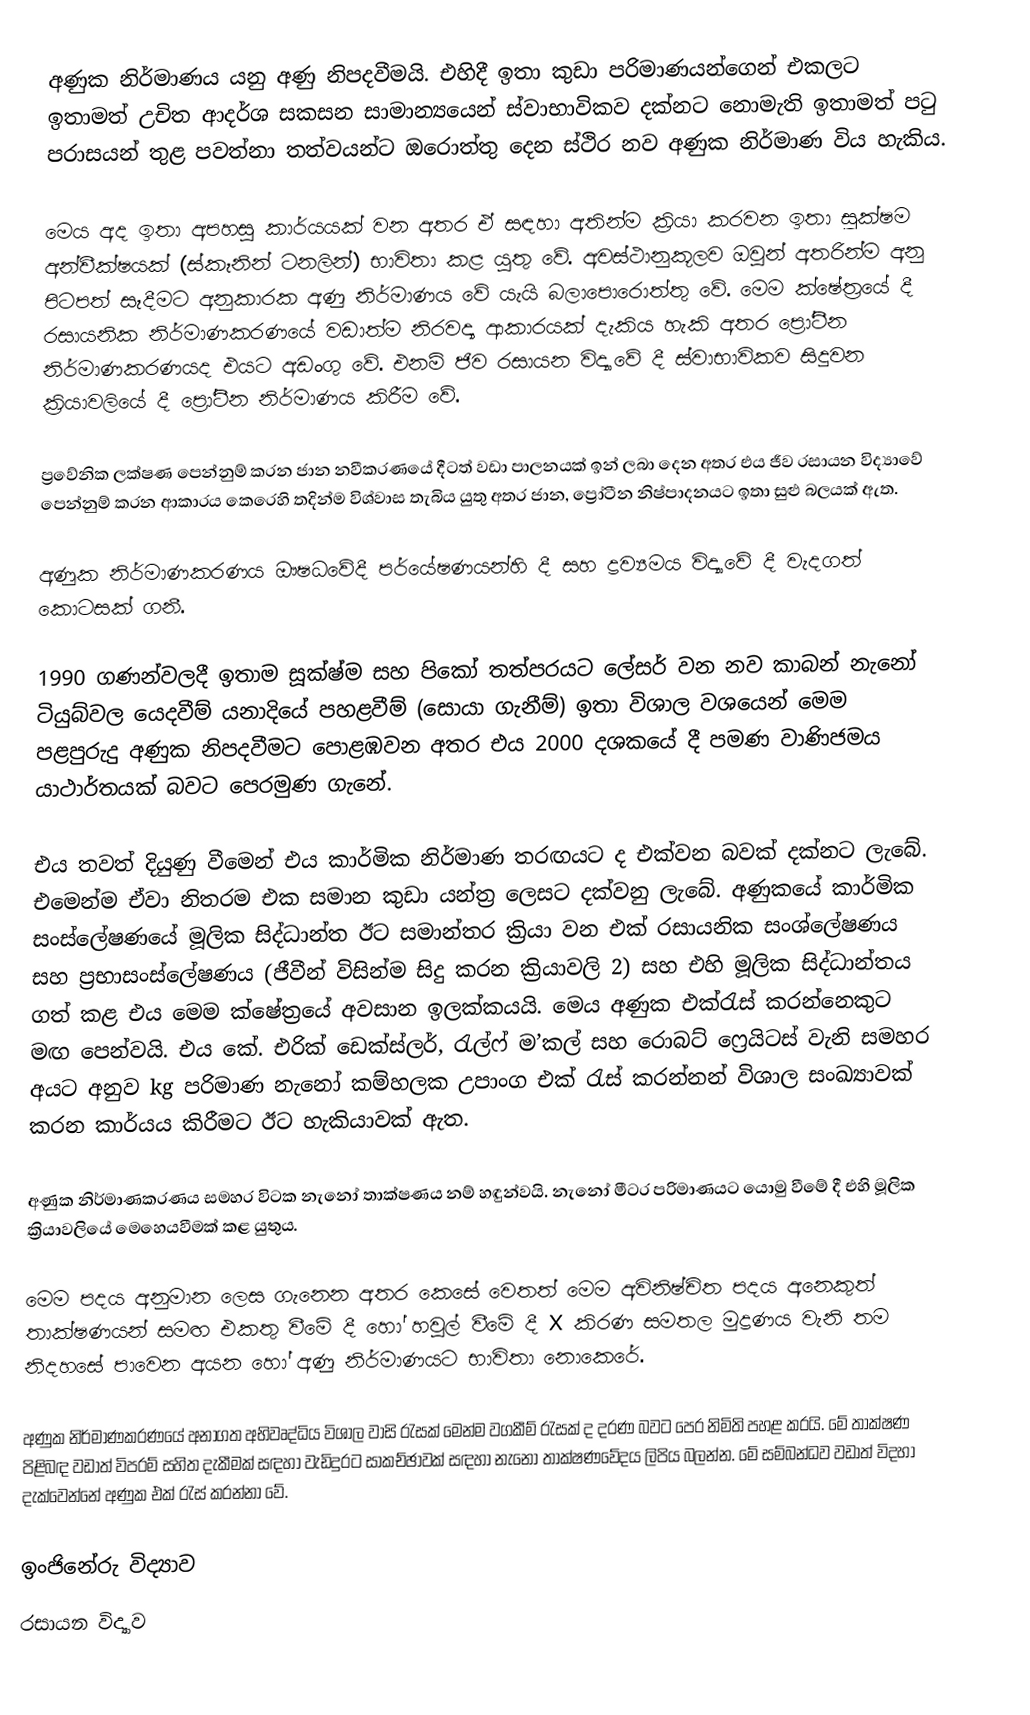
අණුක නිර්මාණය යනු අණු නිපදවීමයි. එහිදී ඉතා කුඩා පරිමාණයන්ගෙන් එකලට ඉතාමත් උචිත ආදර්ශ සකසන සාමාන්‍යයෙන් ස්වාභාවිකව දක්නට නොමැති ඉතාමත් පටු පරාසයන් තුළ පවත්නා තත්වයන්ට ඔරොත්තු දෙන ස්ථිර නව අණුක නිර්මාණ විය හැකිය.

මෙය අද ඉතා අපහසු කාර්යයක් වන අතර ඒ සඳහා අතින්ම ක්‍රියා කරවන ඉතා සූක්ෂම අන්වීක්ෂයක් (ස්කෑනින් ටනලින්) භාවිතා කළ යුතු වේ. අවස්ථානුකූලව ඔවුන් අතරින්ම අනු පිටපත් සෑදීමට අනුකාරක අණු නිර්මාණය වේ යැයි බලාපොරොත්තු වේ. මෙම ක්ෂේත්‍රයේ දී රසායනික නිර්මාණකරණයේ වඩාත්ම නිරවද්‍ය ආකාරයක් දැකිය හැකි අතර ප්‍රෝටීන නිර්මාණකරණයද එයට අඩංගු වේ. එනම් ජිව රසායන විද්‍යාවේ දී ස්වාභාවිකව සිදුවන ක්‍රියාවලියේ දී ප්‍රෝටීන නිර්මාණය කිරීම වේ.

ප්‍රවේනික ලක්ෂණ පෙන්නුම් කරන ජාන නවීකරණයේ දීටත් වඩා පාලනයක් ඉන් ලබා දෙන අතර එය ජීව රසායන විද්‍යාවේ පෙන්නුම් කරන ආකාරය කෙරෙහි තදින්ම විශ්වාස තැබිය යුතු අතර ජාන, ප්‍රෝටීන නිෂ්පාදනයට ඉතා සුළු බලයක් ඇත.

අණුක නිර්මාණකරණය ඖෂධවේදී පර්යේෂණයන්හි දී සහ ද්‍රව්‍යමය විද්‍යාවේ දී  වැදගත් කොටසක් ගනී.

1990 ගණන්වලදී ඉතාම සූක්ෂ්ම සහ පිකෝ තත්පරයට ලේසර් වන නව කාබන් නැනෝ ටියුබ්වල යෙදවීම් යනාදියේ පහළවීම් (සොයා ගැනීම්) ඉතා විශාල වශයෙන් මෙම පළපුරුදු අණුක නිපදවීමට පොළඹවන අතර එය 2000 දශකයේ දී පමණ වාණිජමය යාථාර්තයක් බවට පෙරමුණ ගැනේ.

එය තවත් දියුණු වීමෙන් එය කාර්මික නිර්මාණ තරඟයට ද එක්වන බවක් දක්නට ලැබේ. එමෙන්ම ඒවා නිතරම එක සමාන කුඩා යන්ත්‍ර ලෙසට දක්වනු ලැබේ. අණුකයේ කාර්මික සංස්ලේෂණයේ මූලික සිද්ධාන්ත ඊට සමාන්තර ක්‍රියා වන එක් රසායනික සංශ්ලේෂණය සහ ප්‍රභාසංස්ලේෂණය (ජීවීන් විසින්ම සිදු කරන ක්‍රියාවලි 2) සහ එහි මූලික සිද්ධාන්තය ගත් කළ එය මෙම ක්ෂේත්‍රයේ අවසාන ඉලක්කයයි. මෙය අණුක එක්රැස් කරන්නෙකුට මඟ පෙන්වයි. එය කේ. එරික් ඩෙක්ස්ලර්, රැල්ෆ් ම’කල් සහ රොබට් ෆ්‍රෙයිටස් වැනි සමහර අයට අනුව kg පරිමාණ නැනෝ කම්හලක උපාංග එක් රැස් කරන්නන් විශාල සංඛ්‍යාවක් කරන කාර්යය කිරීමට ඊට  හැකියාවක් ඇත.

අණුක නිර්මාණකරණය සමහර විටක නැනෝ තාක්ෂණය නම් හඳුන්වයි. නැනෝ මීටර පරිමාණයට යොමු වීමේ දී එහි මූලික ක්‍රියාවලියේ මෙහෙයවීමක් කළ යුතුය.

මෙම පදය අනුමාන ලෙස ගැනෙන අතර කෙසේ වෙතත් මෙම අවිනිෂ්චිත පදය අනෙකුත් තාක්ෂණයන් සමඟ එකතු වීමේ දී හෝ හවුල් වීමේ දී X කිරණ සමතල මුද්‍රණය වැනි තම නිදහසේ පාවෙන අයන හෝ අණු නිර්මාණයට භාවිතා නොකෙරේ.

අණුක නිර්මාණකරණයේ අනාගත අභිවෘද්ධිය විශාල වාසි රැසක් මෙන්ම වගකීම් රැසක් ද දරණ බවට පෙර නිමිති පහළ කරයි. මේ තාක්ෂණ පිළිබඳ වඩාත් විපරම් සහිත දැකීමක් සඳහා වැඩිදුරට සාකච්ඡාවක් සඳහා නැනෝ තාක්ෂණවේදය ලිපිය බලන්න. මේ සම්බන්ධව වඩාත් විදහා දැක්වෙන්නේ අණුක එක් රැස් කරන්නා වේ.

 ඉංජිනේරු විද්‍යාව
රසායන විද්‍යාව